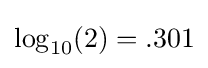
\log _{10}(2)=.301